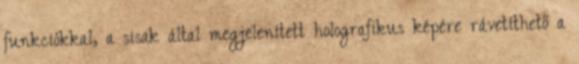
funkciókkal, a sisak által megjelenített holografikus képére rávetíthető a